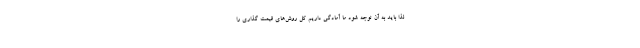
لذا باید به آن توجه شود ما آمادگی داریم کل روش‌های قیمت گذاری را